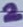
Text: 2